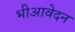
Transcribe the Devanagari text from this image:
भीआवेदन